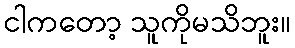
ငါကတော့ သူကိုမသိဘူး။